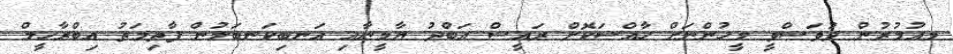
މއުމުރުން ދުވަސްވީ މީހުންނަށް ހާއްސަކޮށް ރައީސް އަބްދު ޔާމީނާއި އަނބިކަނބަލުން ފާތިމަތު އިބްރާހީމް